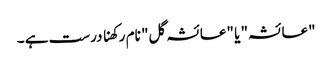
"عائشہ" یا "عائشہ گل" نام رکھنا درست ہے ۔